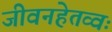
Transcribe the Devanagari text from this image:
जीवनहेतव्वः